Annual administration and progress report of the Indian Medical Department, Bombay
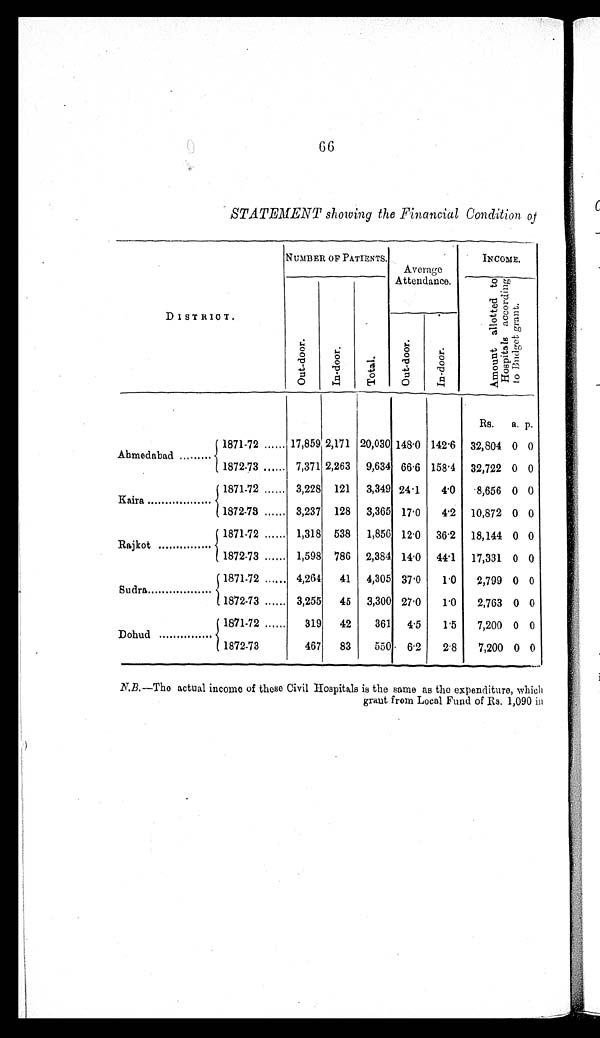
66
STATEMENT showing the Financial Condition of
DISTRICT.
NUMBER OF PATIENTS.
Average
Attendance.
INCOME.
Ou t - d o o r .
I n - d o o r .
Total.
A m o u n t a l l o t t e d t o H o s p i t a l s a c c o r d i n g t o B u d g e t g r a n t .
Ou t - d o o r . I n - d o o r .
Rs. a. p.
Ahmedabad.........
1871-72 ...... 17,859 2,171 20,030 148.0 142.6 32,804 0 0
1872-73 ...... 7,371 2,263 9,634 66.6 158.4 32,722 0 0
Kaira............
1871-72 ...... 3,228 121 3,349 24.1
4.0
8,656 0 0
1872-73 ...... 3,237 128 3,365 17.0
4.2 10,872 0 0
Rajkot.........
1871-72 ...... 1,318 538 1,856 12.0 36.2 18,144 0 0
1872-73 ...... 1,598 786 2,384 14.0 44.1 17,331 0 0
Sudra.........
1871-72
. . . . . . 4,264
41 4,305 37.0
1.0
2,799 0 0
1872-73 ...... 3,255
45 3,300 27.0
1.0
2,763 0 0
Dohud...........
1871-72 ......
319
42
361 4.5
1.5
7,200 0 0
1872-73
467
83
550 6.2
2.8
7,200 0 0
N.B.—The actual income of these Civil Hospitals is the same as the expenditure, which
grant from Local Fund of Rs. 1,090 in